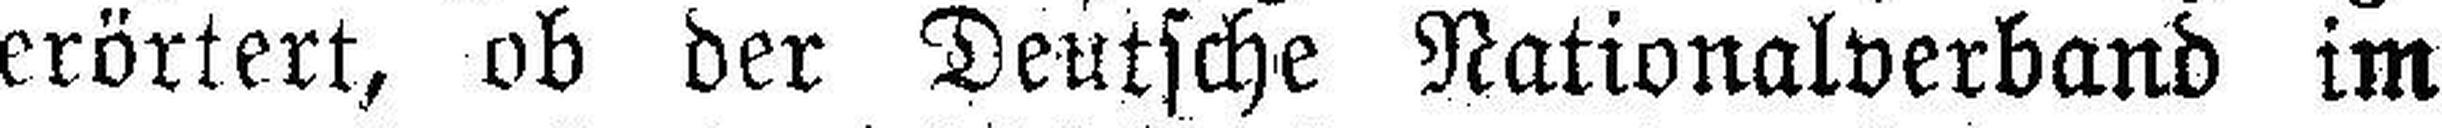
erörtert, ob der Deutsche Nationalverband im